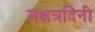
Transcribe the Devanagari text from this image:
नक्षत्रदिनी